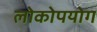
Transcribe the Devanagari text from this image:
लोकोपयोग